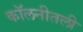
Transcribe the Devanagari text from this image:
कॉलनीतली